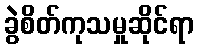
ခွဲစိတ်ကုသမှုဆိုင်ရာ